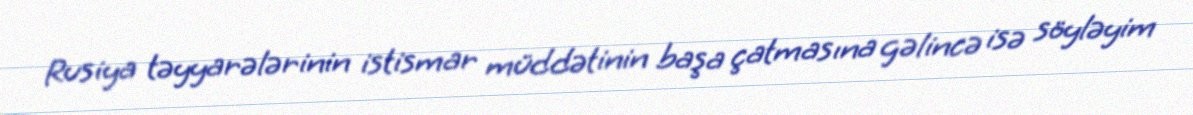
Rusiya təyyarələrinin istismar müddətinin başa çatmasına gəlincə isə söyləyim